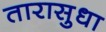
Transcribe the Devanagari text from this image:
तारासुधा